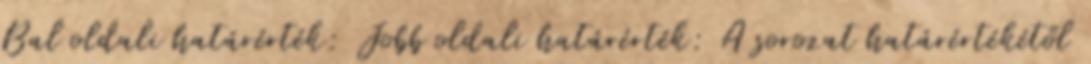
Bal oldali határérték: Jobb oldali határérték: A sorozat határértékétől